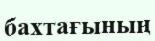
бахтағының